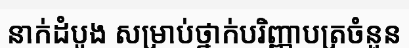
នាក់ដំបូង សម្រាប់ថ្នាក់បរិញ្ញាបត្រចំនួន